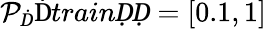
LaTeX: \mathcal P_{Ḋ}\mathrm{Ḋ}trainḌḌ=[0.1,1]